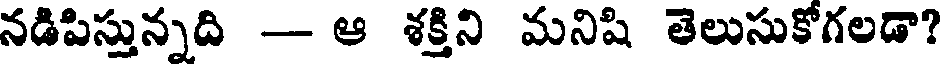
నడిపిస్తున్నది - ఆ శక్తిని మనిషి తెలుసుకోగలడా?